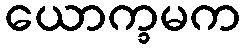
ယောက္ခမက